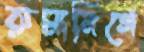
রুমানিগে